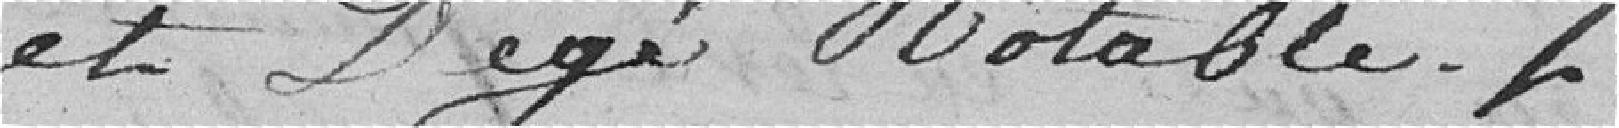
et Degé Notable.